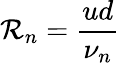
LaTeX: {\cal R}_{n}=\frac{ud}{\nu_{n}}